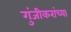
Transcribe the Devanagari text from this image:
गुंजीकरांच्या